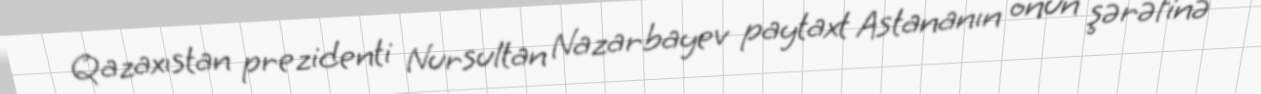
Qazaxıstan prezidenti Nursultan Nazarbayev paytaxt Astananın onun şərəfinə